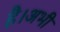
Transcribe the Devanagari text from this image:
है।अभी